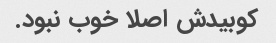
کوبیدش اصلا خوب نبود.